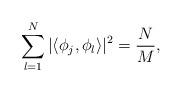
LaTeX: \begin{align*}\sum\limits_{l=1}^N | \langle \phi_j, \phi_l \rangle |^2 = \frac{N}{M},\end{align*}